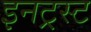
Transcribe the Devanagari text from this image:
इनट्रस्ट